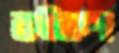
কাঁকণ